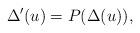
LaTeX: \begin{align*}\Delta'(u)=P(\Delta(u)),\end{align*}